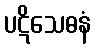
ပဋိသေဓနံ